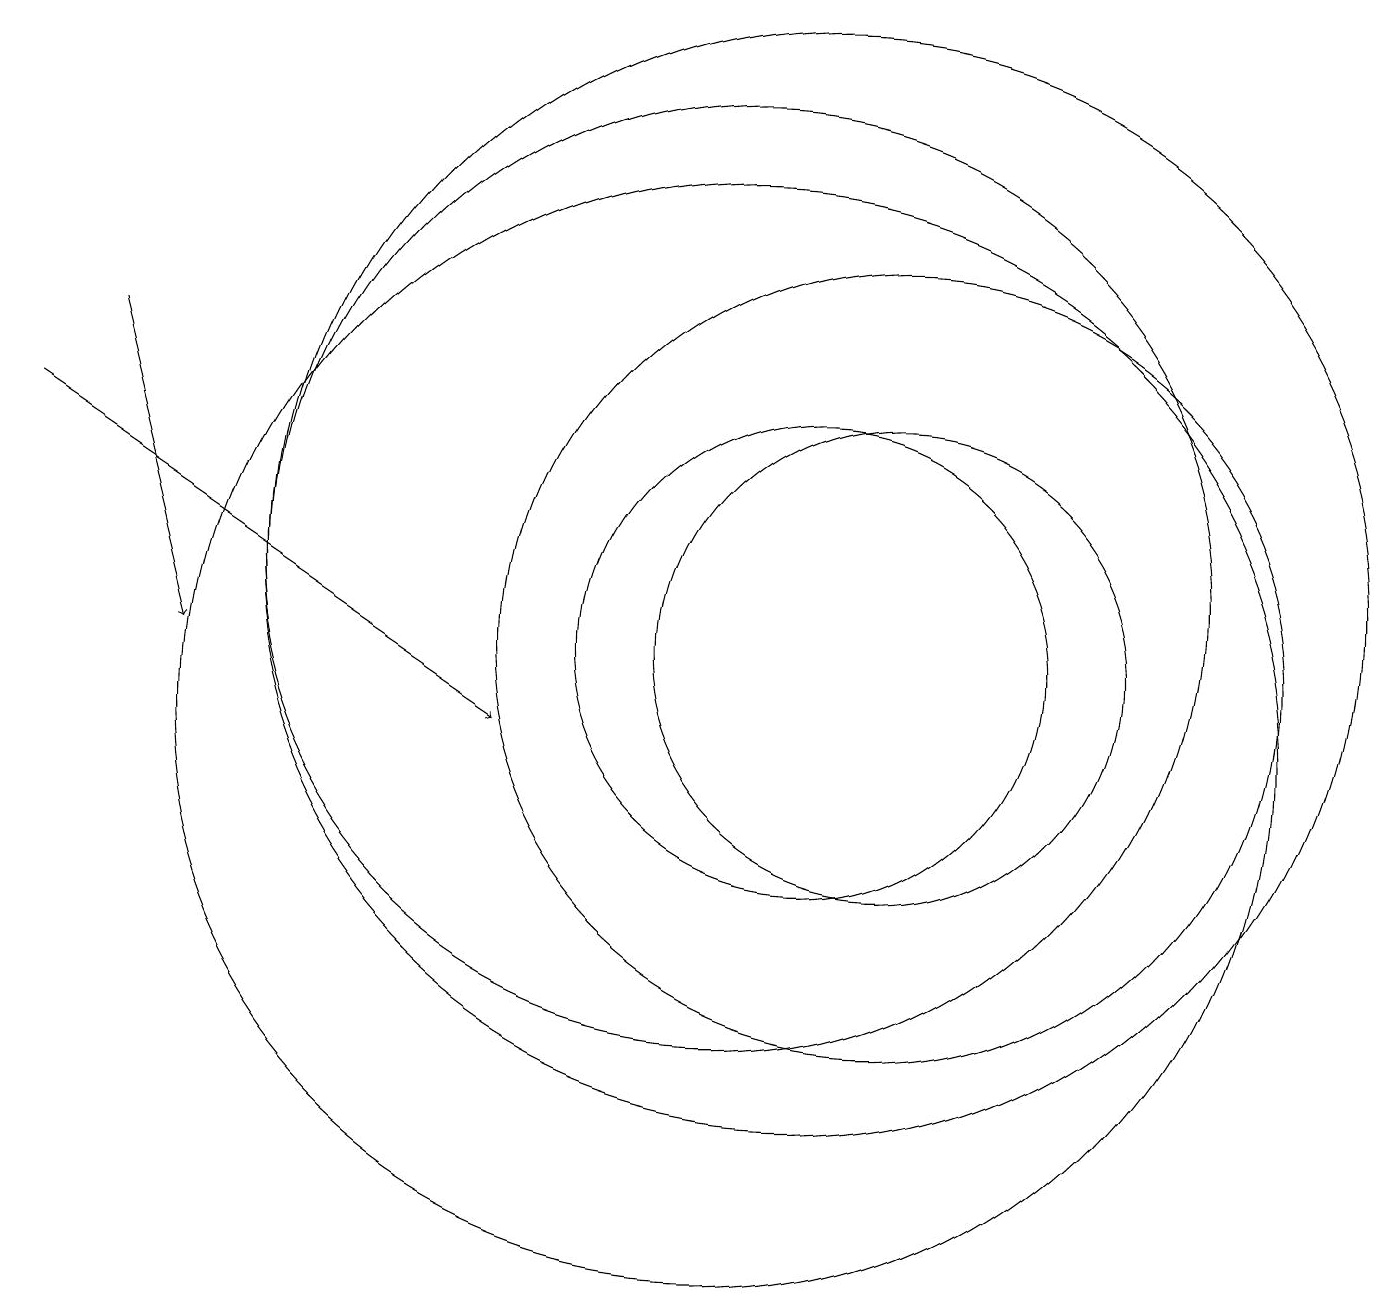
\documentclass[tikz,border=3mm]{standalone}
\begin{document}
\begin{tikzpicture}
\draw (10,10) circle (7);
\draw (10,12) circle (6);
\draw (11,11) circle (3);
\draw (11,12) circle (7);
\draw (12,11) circle (5);
\draw[->] (2,15) -- (3,11);
\draw (12,11) circle (3);
\draw[->] (1,14) -- (7,10);
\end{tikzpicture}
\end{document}